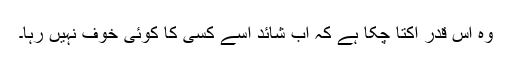
وہ اس قدر اکتا چکا ہے کہ اب شائد اسے کسی کا کوئی خوف نہیں رہا۔